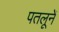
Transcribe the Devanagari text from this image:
पतलूनें